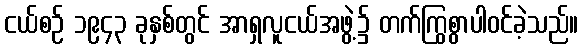
ငယ်စဉ် ၁၉၄၃ ခုနှစ်တွင် အာရှလူငယ်အဖွဲ့၌ တက်ကြွစွာပါဝင်ခဲ့သည်။